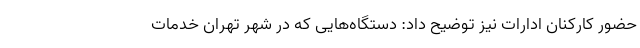
حضور کارکنان ادارات نیز توضیح داد: دستگاه‌هایی که در شهر تهران خدمات